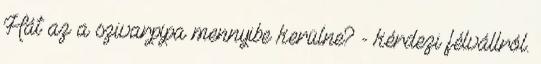
Hát az a szivarpipa mennyibe kerülne? - kérdezi félvállról.